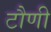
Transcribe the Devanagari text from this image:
टौणी